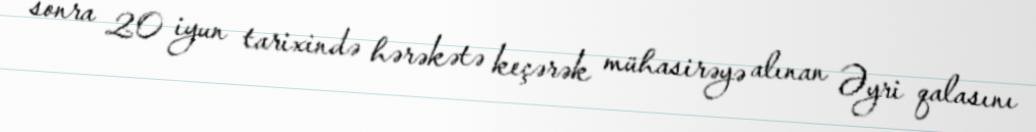
sonra 20 iyun tarixində hərəkətə keçərək mühasirəyə alınan Əyri qalasını